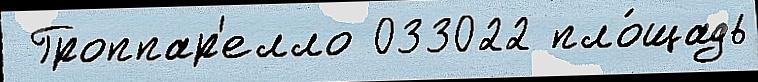
 Гроппар'елло 033022 пло́щадь